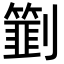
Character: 㔐